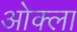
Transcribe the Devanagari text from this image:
ओक्ला